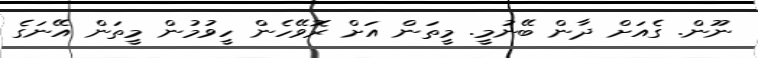
ނޫން. ގެއަށް ދާން ބޭނުމީ. މީތަން އަށް ރޮވޭހެން ހީވުމުން މީތަން އޭނަގެ